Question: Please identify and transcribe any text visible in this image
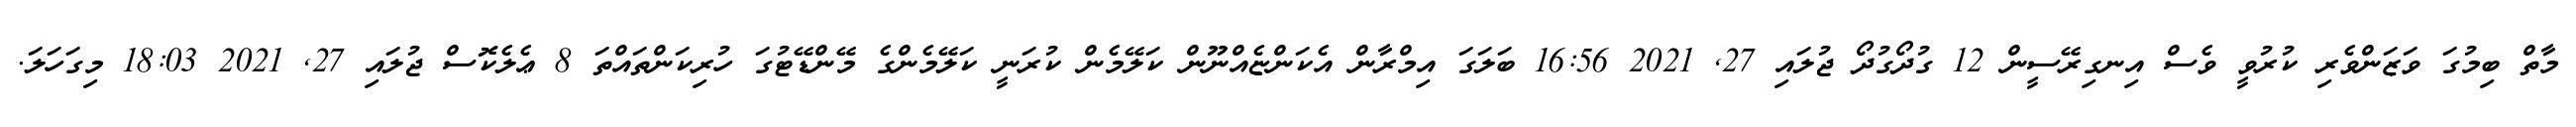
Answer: މާތް ބިމުގަ ވަޒަންވެރި ކުރުވީ ވެސް އިނގިރޭސީން 12 ގުދޯގުދޯ ޖުލައި 27, 2021 16:56 ބަލަގަ އިމްރާން އެކަންޏެއްނޫން ކަލޭމެން ކުރަނީ ކަލޭމެންގެ މޭންޑޭޓުގަ ހުރިކަންތައްތަ 8 ޢެލެކޮސް ޖުލައި 27, 2021 18:03 މިގަހަލަ.